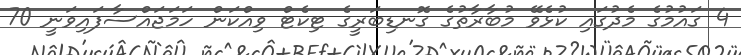
4 ގައުމުގެ މެދުގައި ކުޅެވޭ މުބާރާތުގެ ގޮނޑިބަރީގެ ޓިކެޓް ވިއްކަން ހަމަޖަައްސާފައިވަނީ 70